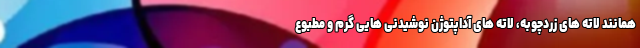
همانند لاته های زردچوبه، لاته های آداپتوژن نوشیدنی هایی گرم و مطبوع